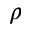
\rho